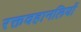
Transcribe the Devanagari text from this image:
रक्तवहानलियों